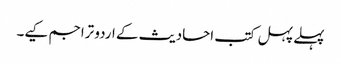
پہلے پہل کتب احادیث کے اردو تراجم کیے۔